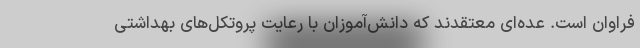
فراوان است. عده‌‌ای معتقدند که دانش‌آموزان با رعایت پروتکل‌های بهداشتی